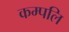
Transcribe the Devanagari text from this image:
कम्पलि